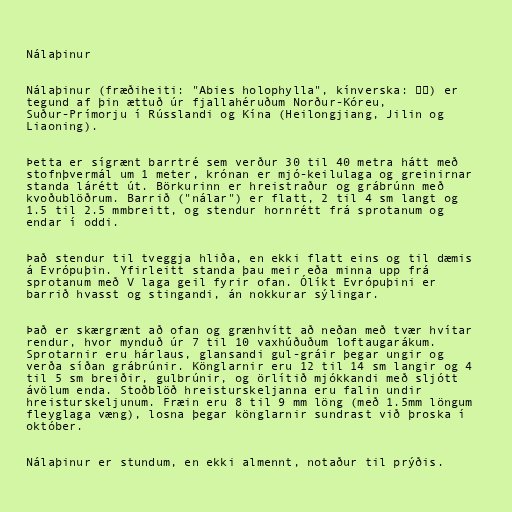
Nálaþinur

Nálaþinur (fræðiheiti: "Abies holophylla", kínverska: 杉松) er
tegund af þin ættuð úr fjallahéruðum Norður-Kóreu,
Suður-Prímorju í Rússlandi og Kína (Heilongjiang, Jilin og
Liaoning).

Þetta er sígrænt barrtré sem verður 30 til 40 metra hátt með
stofnþvermál um 1 meter, krónan er mjó-keilulaga og greinirnar
standa lárétt út. Börkurinn er hreistraður og grábrúnn með
kvoðublöðrum. Barrið ("nálar") er flatt, 2 til 4 sm langt og
1.5 til 2.5 mmbreitt, og stendur hornrétt frá sprotanum og
endar í oddi.

Það stendur til tveggja hliða, en ekki flatt eins og til dæmis
á Evrópuþin. Yfirleitt standa þau meir eða minna upp frá
sprotanum með V laga geil fyrir ofan. Ólíkt Evrópuþini er
barrið hvasst og stingandi, án nokkurar sýlingar.

Það er skærgrænt að ofan og grænhvítt að neðan með tvær hvítar
rendur, hvor mynduð úr 7 til 10 vaxhúðuðum loftaugarákum.
Sprotarnir eru hárlaus, glansandi gul-gráir þegar ungir og
verða síðan grábrúnir. Könglarnir eru 12 til 14 sm langir og 4
til 5 sm breiðir, gulbrúnir, og örlítið mjókkandi með sljótt
ávölum enda. Stoðblöð hreisturskeljanna eru falin undir
hreisturskeljunum. Fræin eru 8 til 9 mm löng (með 1.5mm löngum
fleyglaga væng), losna þegar könglarnir sundrast við þroska í
október.

Nálaþinur er stundum, en ekki almennt, notaður til prýðis.